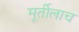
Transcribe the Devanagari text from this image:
मूर्तीलाच